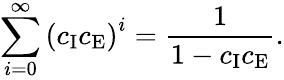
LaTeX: \sum_{i=0}^{\infty}\left(c_{\mathrm{I}}c_{\mathrm{E}}\right)^{i}=\frac{1}{1-c_{\mathrm{I}}c_{\mathrm{E}}}.